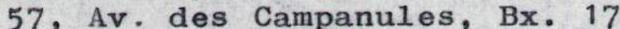
57, Av. des Campanules, Bx. 17